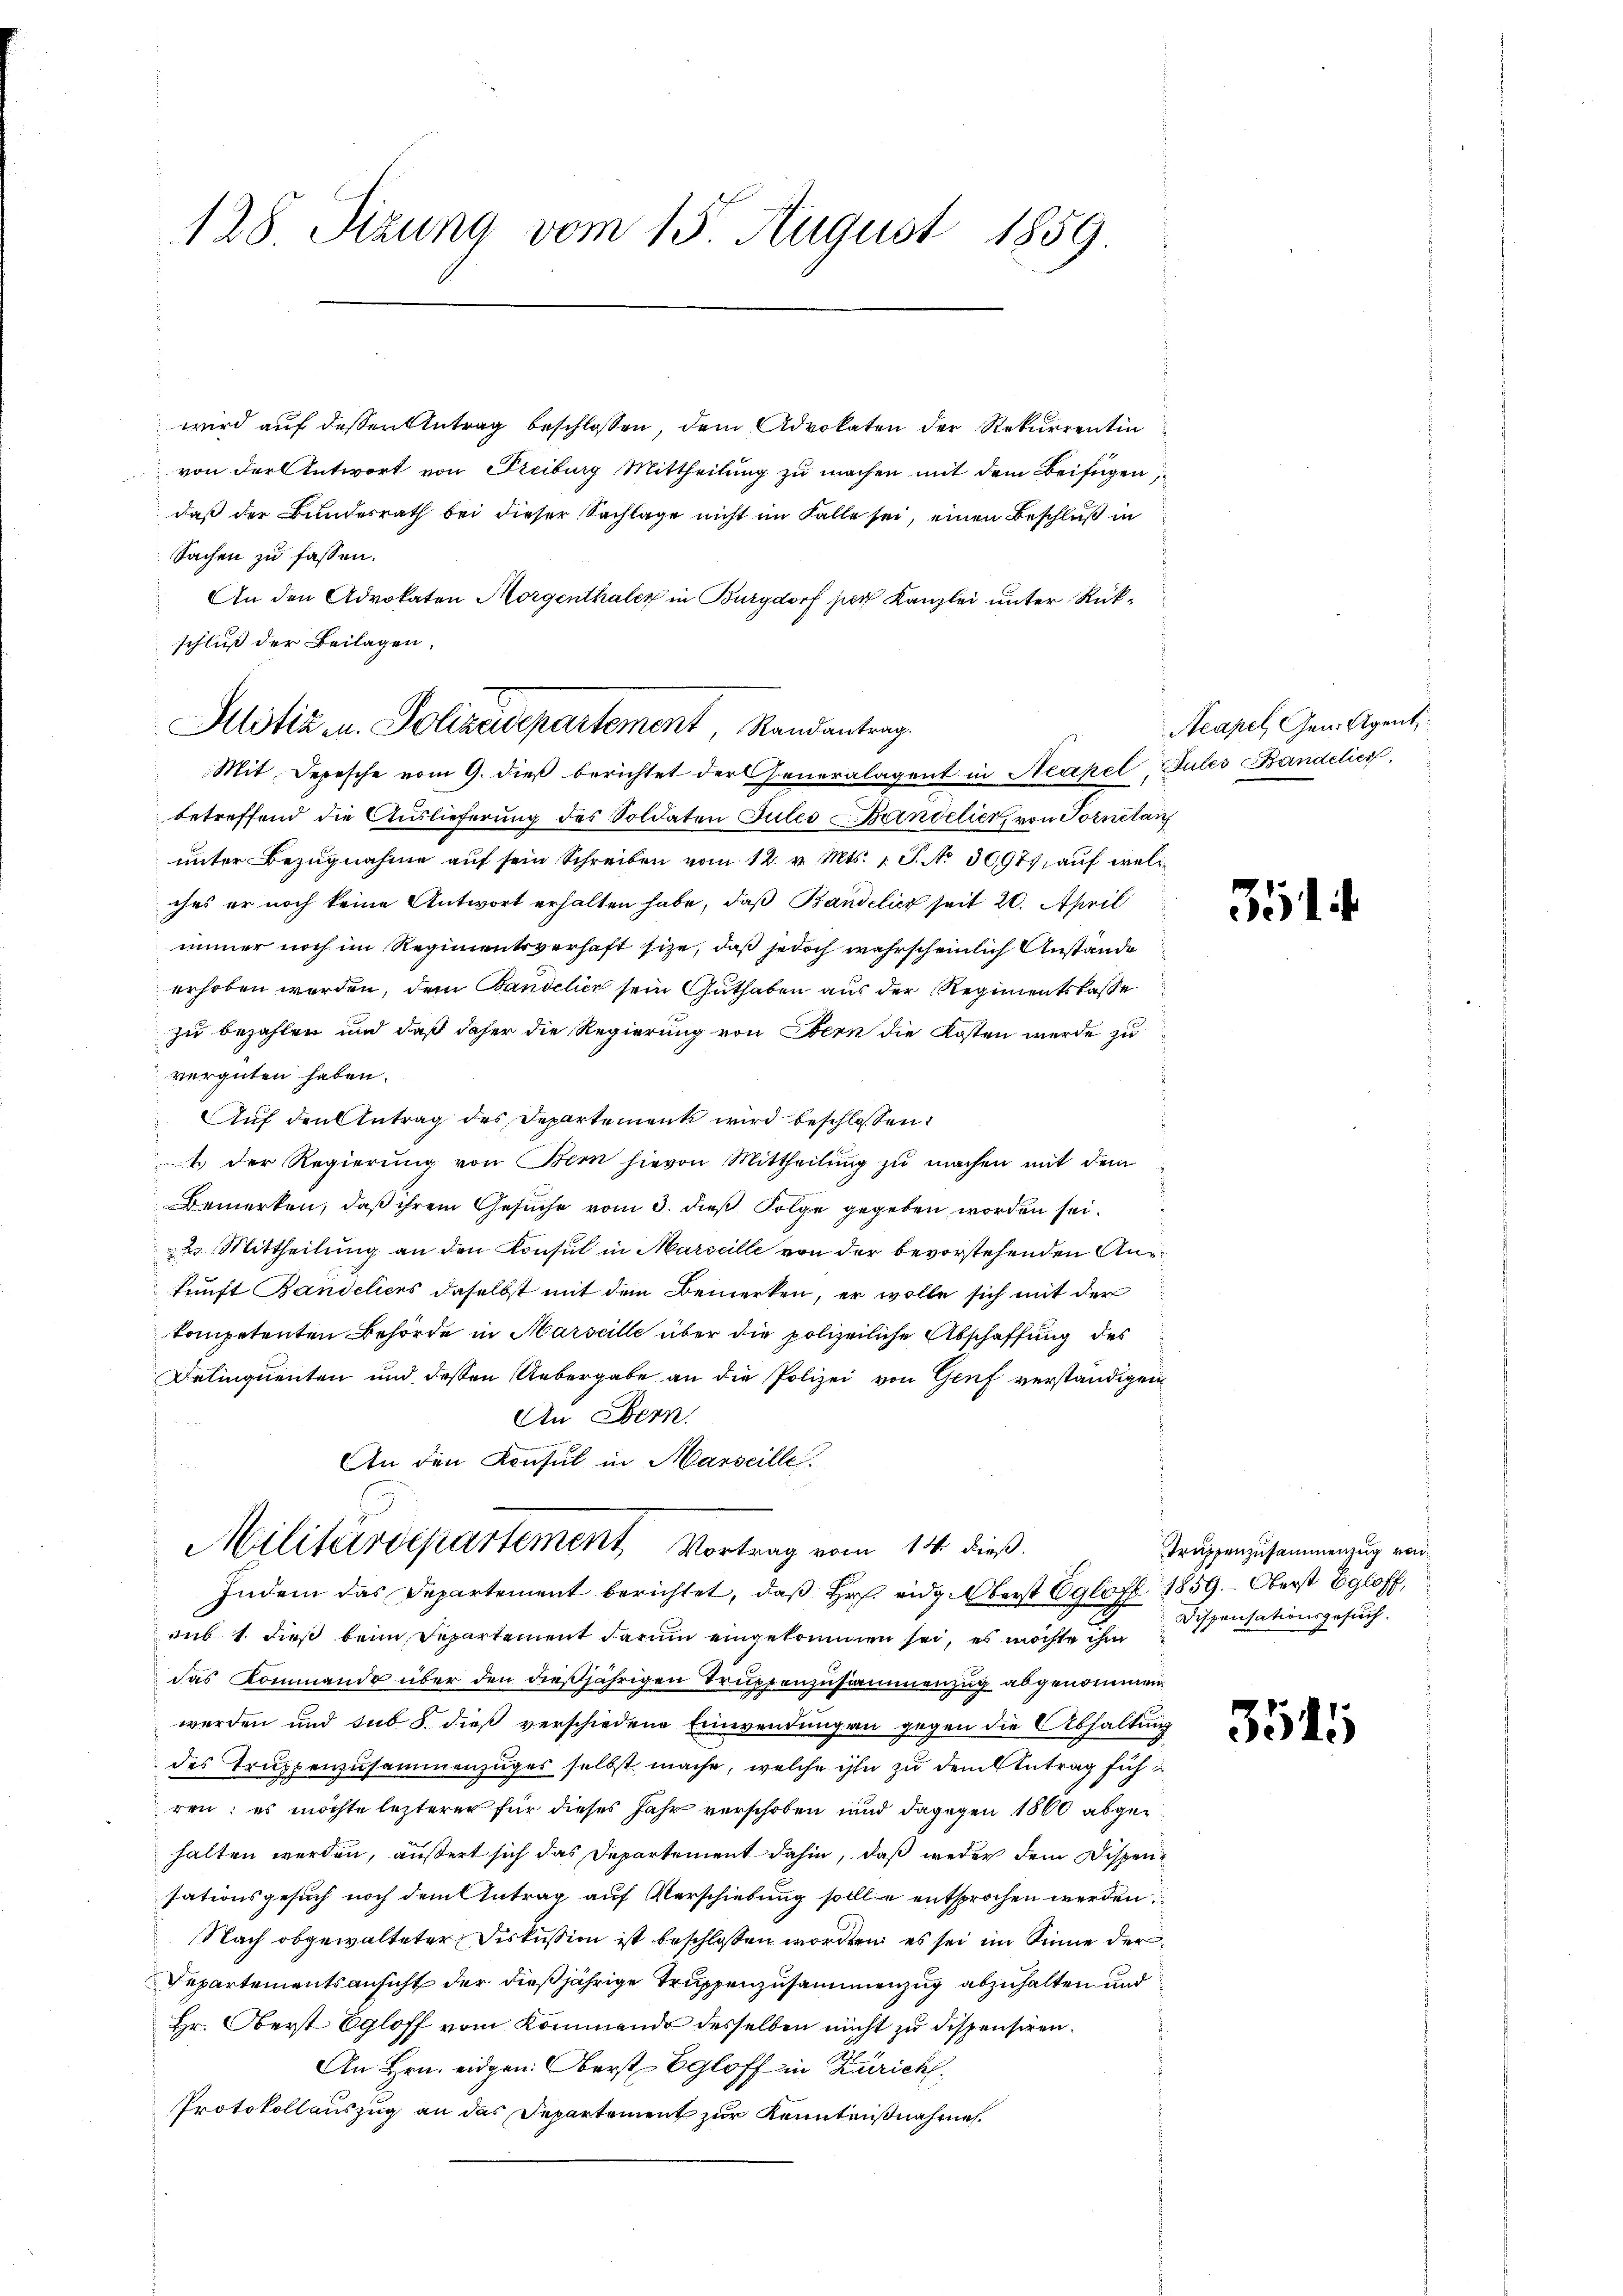
wird auf dessen Antrag beschlossen, dem Advokaten der Rekurrentin
von der Antwort von Freiburg Mittheilung zu machen mit dem Beifügen
daß der Bundesrath bei dieser Sachlage nicht im Falle sei, einen Beschluß in
Sachen zu fassen.
An den Advokaten Morgenthaler in Burgdorf per Kanzlei unter Rückschluß der Beilagen.

128 Sizung vom 15. August 1859.

betreffend die Auslieferung des Soldaten Jules Bandelier, von Tornitan
ŭnter Bezŭgnahme aŭf sein Schreiben vom 12. v. Mts. 1. P. N. 30975, auf welches er noch keine Antwort erhalten habe, daß Bandelicz seit 20. April
immer noch im Regimentsverhaft sie, daß jedoch wahrscheinlich Anstande
erhoben worden, dem Bandelich sein Guthaben aus der Regimentskasse
zu bezahlen und daß daher die Regierung von Stern die Kosten werde zu
vergüten haben.
Auf den Antrag des Departement wird beschlossen:
mit der Regierŭng von Bern hievon Mittheilŭng zŭ machen mit dem
Bemerken, daß ihrem Gesuche vom 3. dieß Folge gegeben worden sei.
2. Mittheilung an den Konsul in Marseille von der bevorstehenden Ankunft Bandelices daselbst mit dem Bemerken, er wolle sich mit der
kompetenten Behörde in Marseille über die polizeiliche Abschaffung des
Delinquenten und dessen Uebergabe an die Polizei von Genf verständigen
An Bern.
An den Konsul in Marseille.

Alotiz u. Polizeidepartement Randantrag.
Mit Depesche vom 9. dieß berichtet der Generalagent in Neapel

Militärdepartement Vortrag vom 14. dieß
Indem das Departement berichtet, daß Hr. eidg. Oberst Eglof 1859.  Oberst Egloff,

sub 1. dieß beim Separtement darum eingekommen sei, es möchte ihm
das Kommando über den dießjährigen Truppenzusammenzug abgenommen
werden und sub S. dieß verschiedene Einwendung an gegen die Abhaltung
des Truppenzusammenzuges selbst mache, welche ihn zu dem Antrag füh
ren; es möchte lezterer für dieses Jahr verschoben und dagegen 1860 abgehalten werden, äußert sich das Departement dahin, daß weder dem Dispensationsgesuch noch dem Antrag auf Verschiebung sollte entsprochen werden.
Nach obgewalteter Diskussion ist beschlossen worden es sei im Sinne der
Departementsansicht der dießjährige Truppenzusammenzug abzuhalten und
Hr. Oberst Egloff vom Kommende desselben nicht zu dispensiren.
An Hrn. eidgen. Oberst Egloff in Zürich
Protokollauszug an das Departement zur Kenntnißnahme.

Acapel Gen. Agent
Jules Bandelich

351

Truppenzusammenzug von
Dispensationsgesuch.

3545